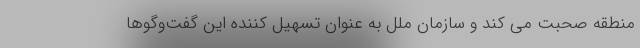
منطقه صحبت می کند و سازمان ملل به عنوان تسهیل کننده این گفت‌وگوها